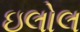
ઇલોલ